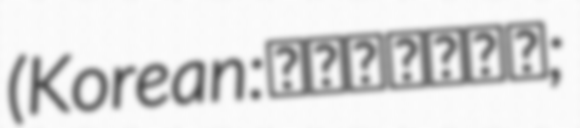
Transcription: (Korean: 눈물을 마시는 새;